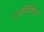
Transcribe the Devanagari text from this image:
टार्सिसियो